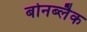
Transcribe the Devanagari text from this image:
बोनब्लैक